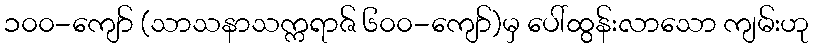
၁၀၀-ကျော် (သာသနာသက္ကရာဇ် ၆၀၀-ကျော်)မှ ပေါ်ထွန်းလာသော ကျမ်းဟု